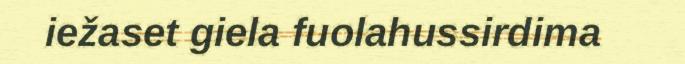
iežaset giela fuolahussirdima